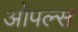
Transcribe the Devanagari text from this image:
ओपल्स